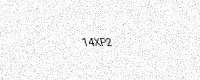
Text: 14XP2